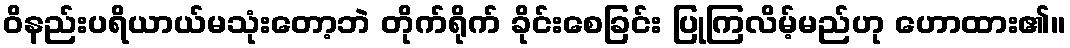
ဝိနည်းပရိယာယ်မသုံးတော့ဘဲ တိုက်ရိုက် ခိုင်းစေခြင်း ပြုကြလိမ့်မည်ဟု ဟောထား၏။